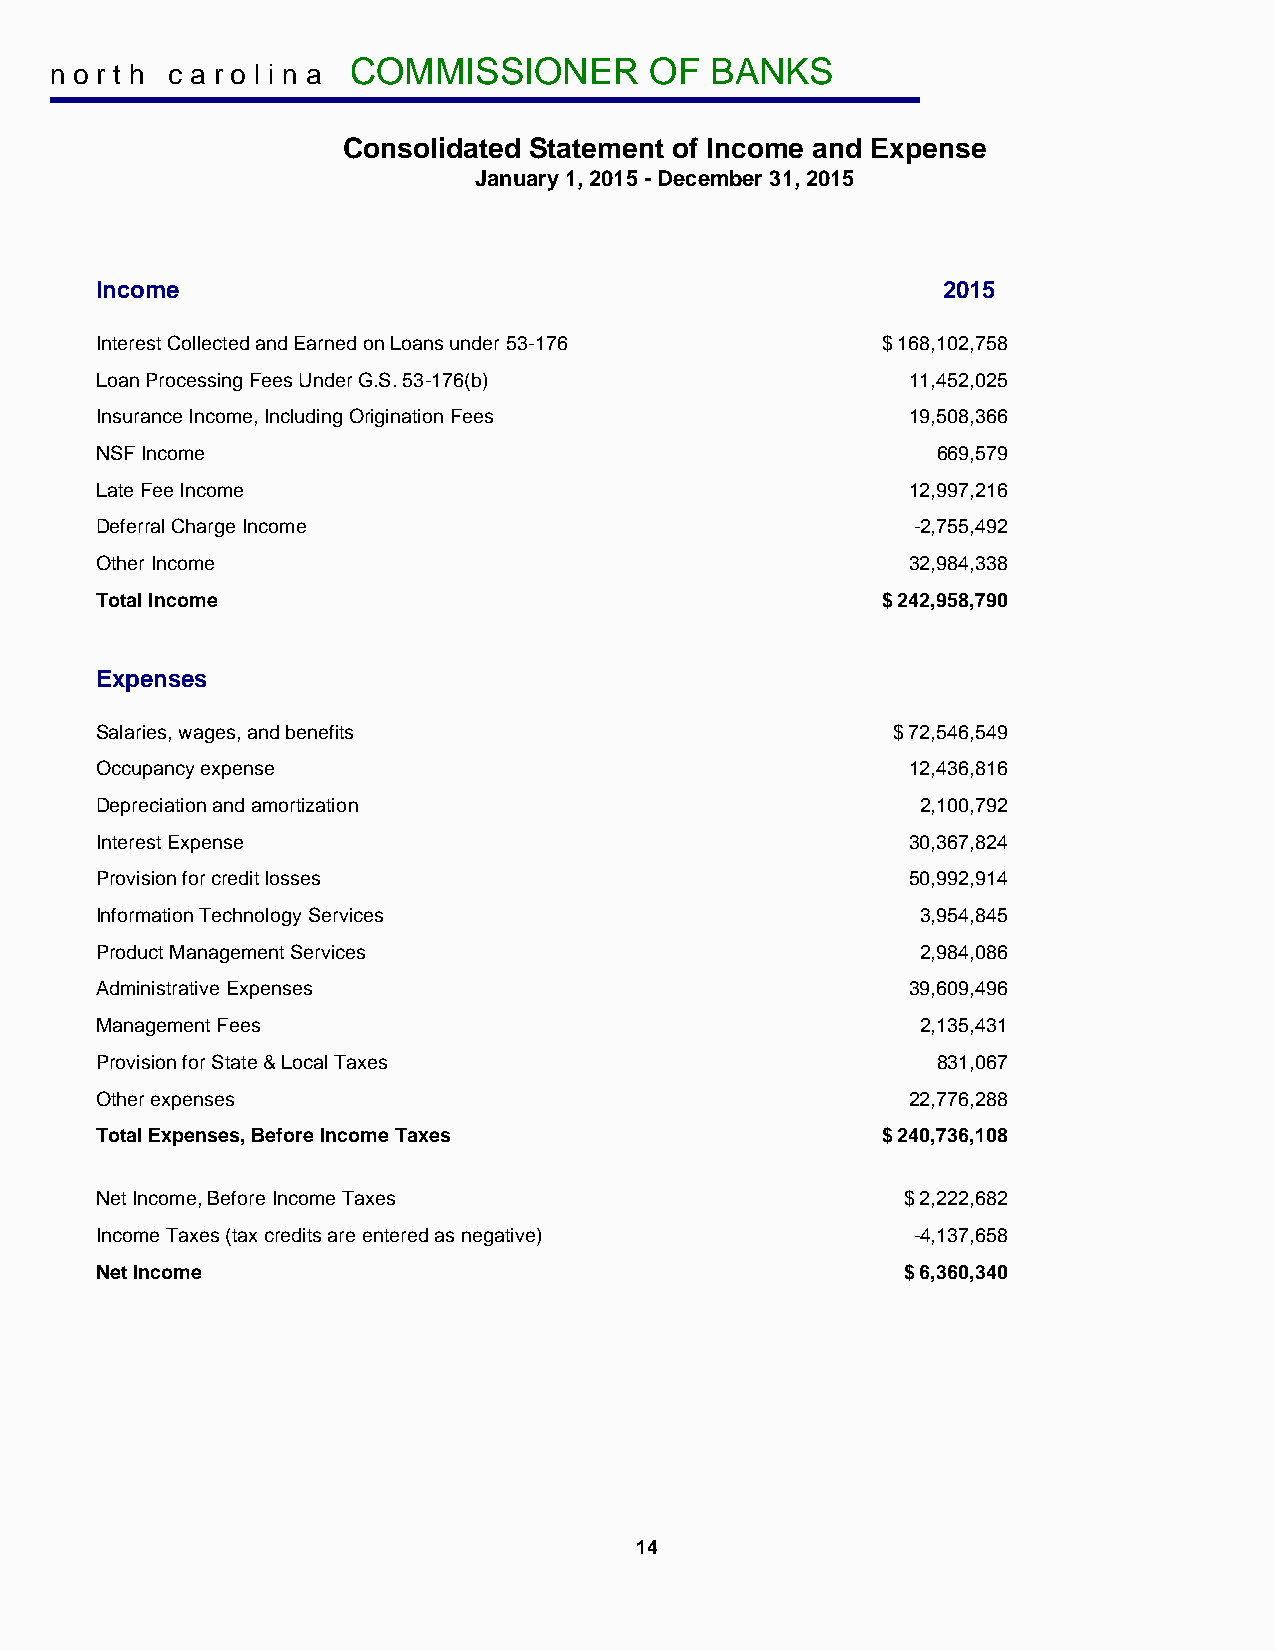
COMMISSIONER        OF  BANKS
 n o r t h c a r o l i n a
 Consolidated Statement of Income and Expense
 January 1, 2015 - December 31, 2015
 Income                                                  2015
 Interest Collected and Earned on Loans under 53-176 $ 168,102,758
 Loan Processing Fees Under G.S. 53-176(b)             11,452,025
 Insurance Income, Including Origination Fees          19,508,366
 NSF Income                                              669,579
 Late Fee Income                                       12,997,216
 Deferral Charge Income                                -2,755,492
 Other Income                                          32,984,338
 Total Income                                        $ 242,958,790
 Expenses
 Salaries, wages, and benefits                        $ 72,546,549
 Occupancy expense                                     12,436,816
 Depreciation and amortization                          2,100,792
 Interest Expense                                      30,367,824
 Provision for credit losses                           50,992,914
 Information Technology Services                        3,954,845
 Product Management Services                            2,984,086
 Administrative Expenses                               39,609,496
 Management Fees                                        2,135,431
 Provision for State & Local Taxes                       831,067
 Other expenses                                        22,776,288
 Total Expenses, Before Income Taxes                 $ 240,736,108
 Net Income, Before Income Taxes                       $ 2,222,682
 Income Taxes (tax credits are entered as negative)    -4,137,658
 Net Income                                            $ 6,360,340
 14